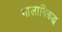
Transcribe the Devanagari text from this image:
मालाविरुद्ध